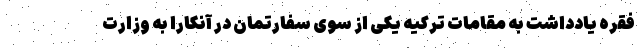
فقره یادداشت به مقامات ترکیه یکی از سوی سفارتمان در آنکارا به وزارت